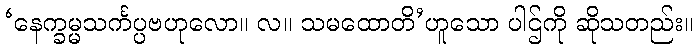
‘နေက္ခမ္မသင်္ကပ္ပဗဟုလော။ လ။ သမထောတိ’ဟူသော ပါဌ်ကို ဆိုသတည်း။